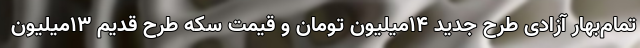
تمام‌بهار آزادی طرح جدید 14میلیون تومان و قیمت سکه طرح قدیم 13میلیون